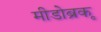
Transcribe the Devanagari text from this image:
मीडोब्रूक